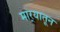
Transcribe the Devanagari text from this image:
मार्‍यातून